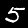
Label: 5